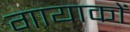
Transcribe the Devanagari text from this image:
गायाकों